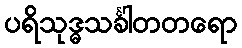
ပရိသုဒ္ဓသင်္ခါတတရော